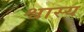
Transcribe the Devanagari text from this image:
श्वास्य